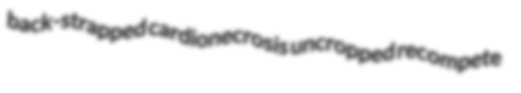
back-strapped cardionecrosis uncropped recompete